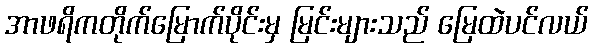
အာဖရိကတိုက်မြောက်ပိုင်းမှ မြင်းများသည် မြေထဲပင်လယ်